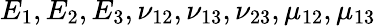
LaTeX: E_{1},E_{2},E_{3},\nu_{12},\nu_{13},\nu_{23},\mu_{12},\mu_{13}